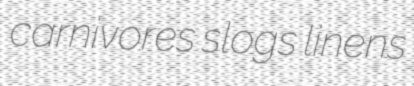
carnivores slogs linens